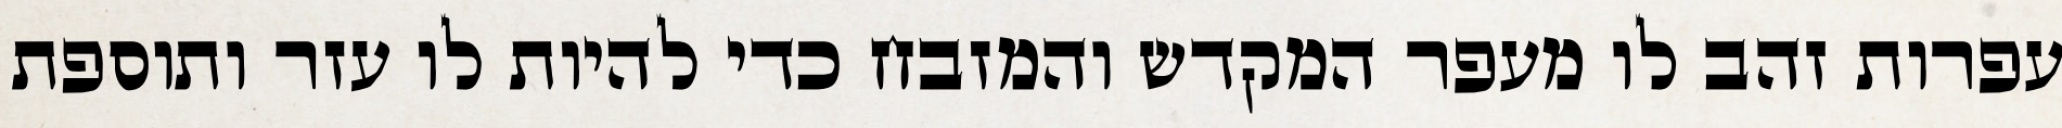
עפרות זהב לו מעפר המקדש והמזבח כדי להיות לו עזר ותוספת